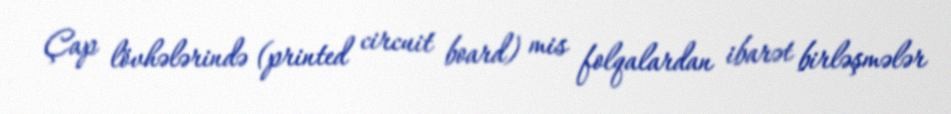
Çap lövhələrində (printed circuit board) mis folqalardan ibarət birləşmələr